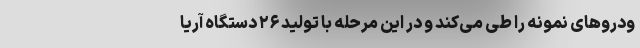
ودروهای نمونه را طی می‌کند و در این مرحله با تولید ۲۶ دستگاه آریا